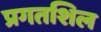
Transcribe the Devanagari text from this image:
प्रगतशिल